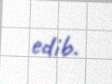
edib.